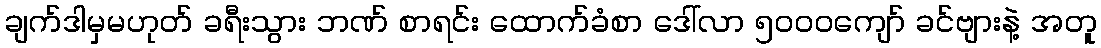
ချက်ဒါမှမဟုတ် ခရီးသွား ဘဏ် စာရင်း ထောက်ခံစာ ဒေါ်လာ ၅၀၀၀ကျော် ခင်ဗျားနဲ့ အတူ